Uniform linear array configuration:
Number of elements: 8
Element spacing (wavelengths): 0.25
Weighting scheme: cosine
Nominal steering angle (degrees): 30
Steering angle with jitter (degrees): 28.519
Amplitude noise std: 0.05
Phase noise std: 0.05

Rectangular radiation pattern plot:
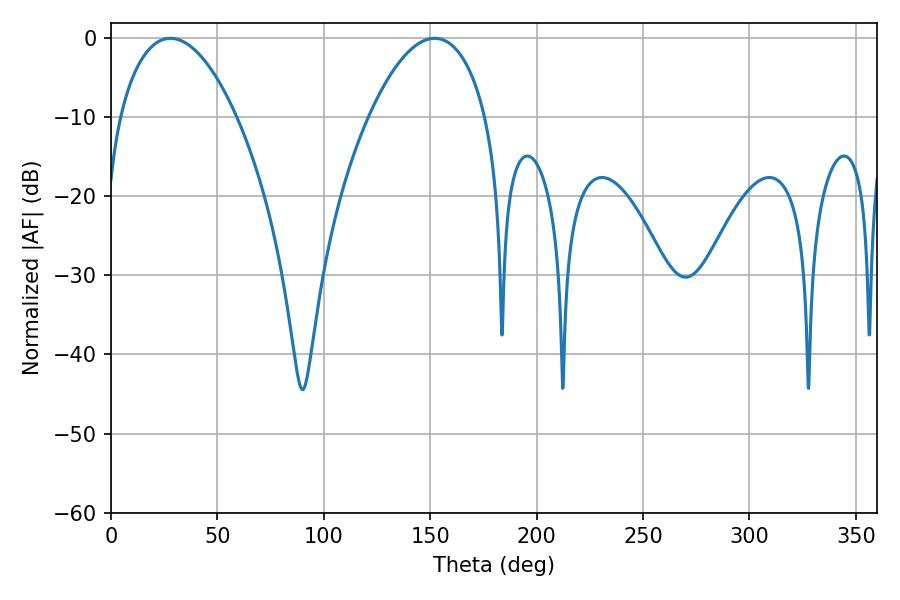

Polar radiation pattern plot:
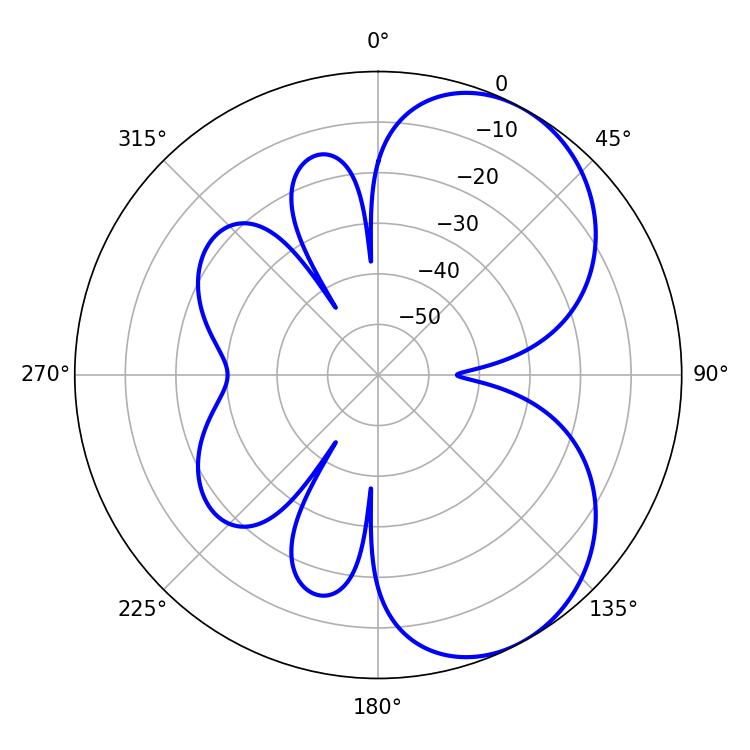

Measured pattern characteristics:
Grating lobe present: FALSE
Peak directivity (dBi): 5.686
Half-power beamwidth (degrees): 30.78
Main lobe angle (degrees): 27.9